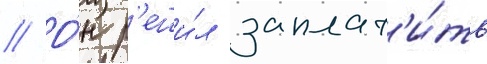
// О́н р'еши́л заплат'и́ть